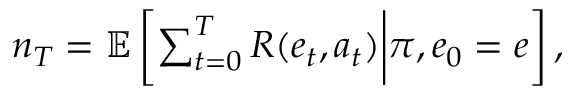
\begin{array} { r } { n _ { T } = \mathbb { E } \left[ \sum _ { t = 0 } ^ { T } R ( e _ { t } , a _ { t } ) \bigg \rvert \pi , e _ { 0 } = e \right] , } \end{array}